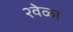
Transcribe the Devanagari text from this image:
२वेळा